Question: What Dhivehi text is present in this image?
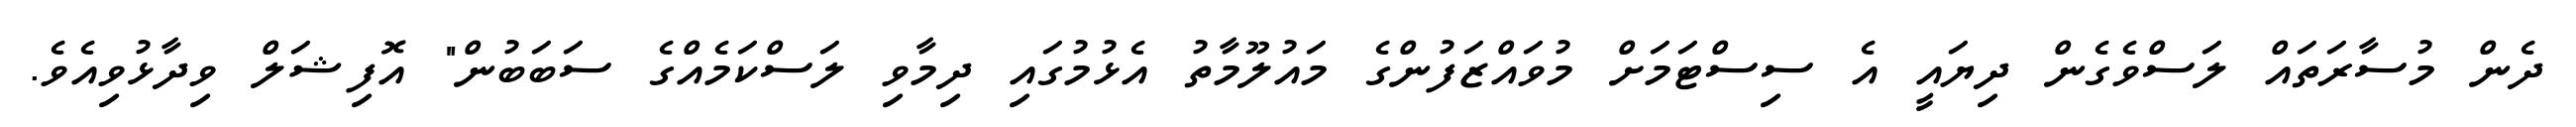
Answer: ދެން މުސާރަތައް ލަސްވެގެން ދިޔައީ އެ ސިސްޓަމަށް މުވައްޒަފުންގެ މައުލޫމާތު އެޅުމުގައި ދިމާވި ލަސްކަމެއްގެ ސަބަބުން" އޮފިޝަލް ވިދާޅުވިއެވެ.